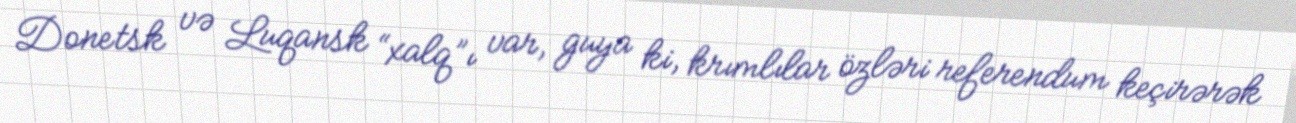
Donetsk və Luqansk “xalq”ı var, guya ki, krımlılar özləri referendum keçirərək